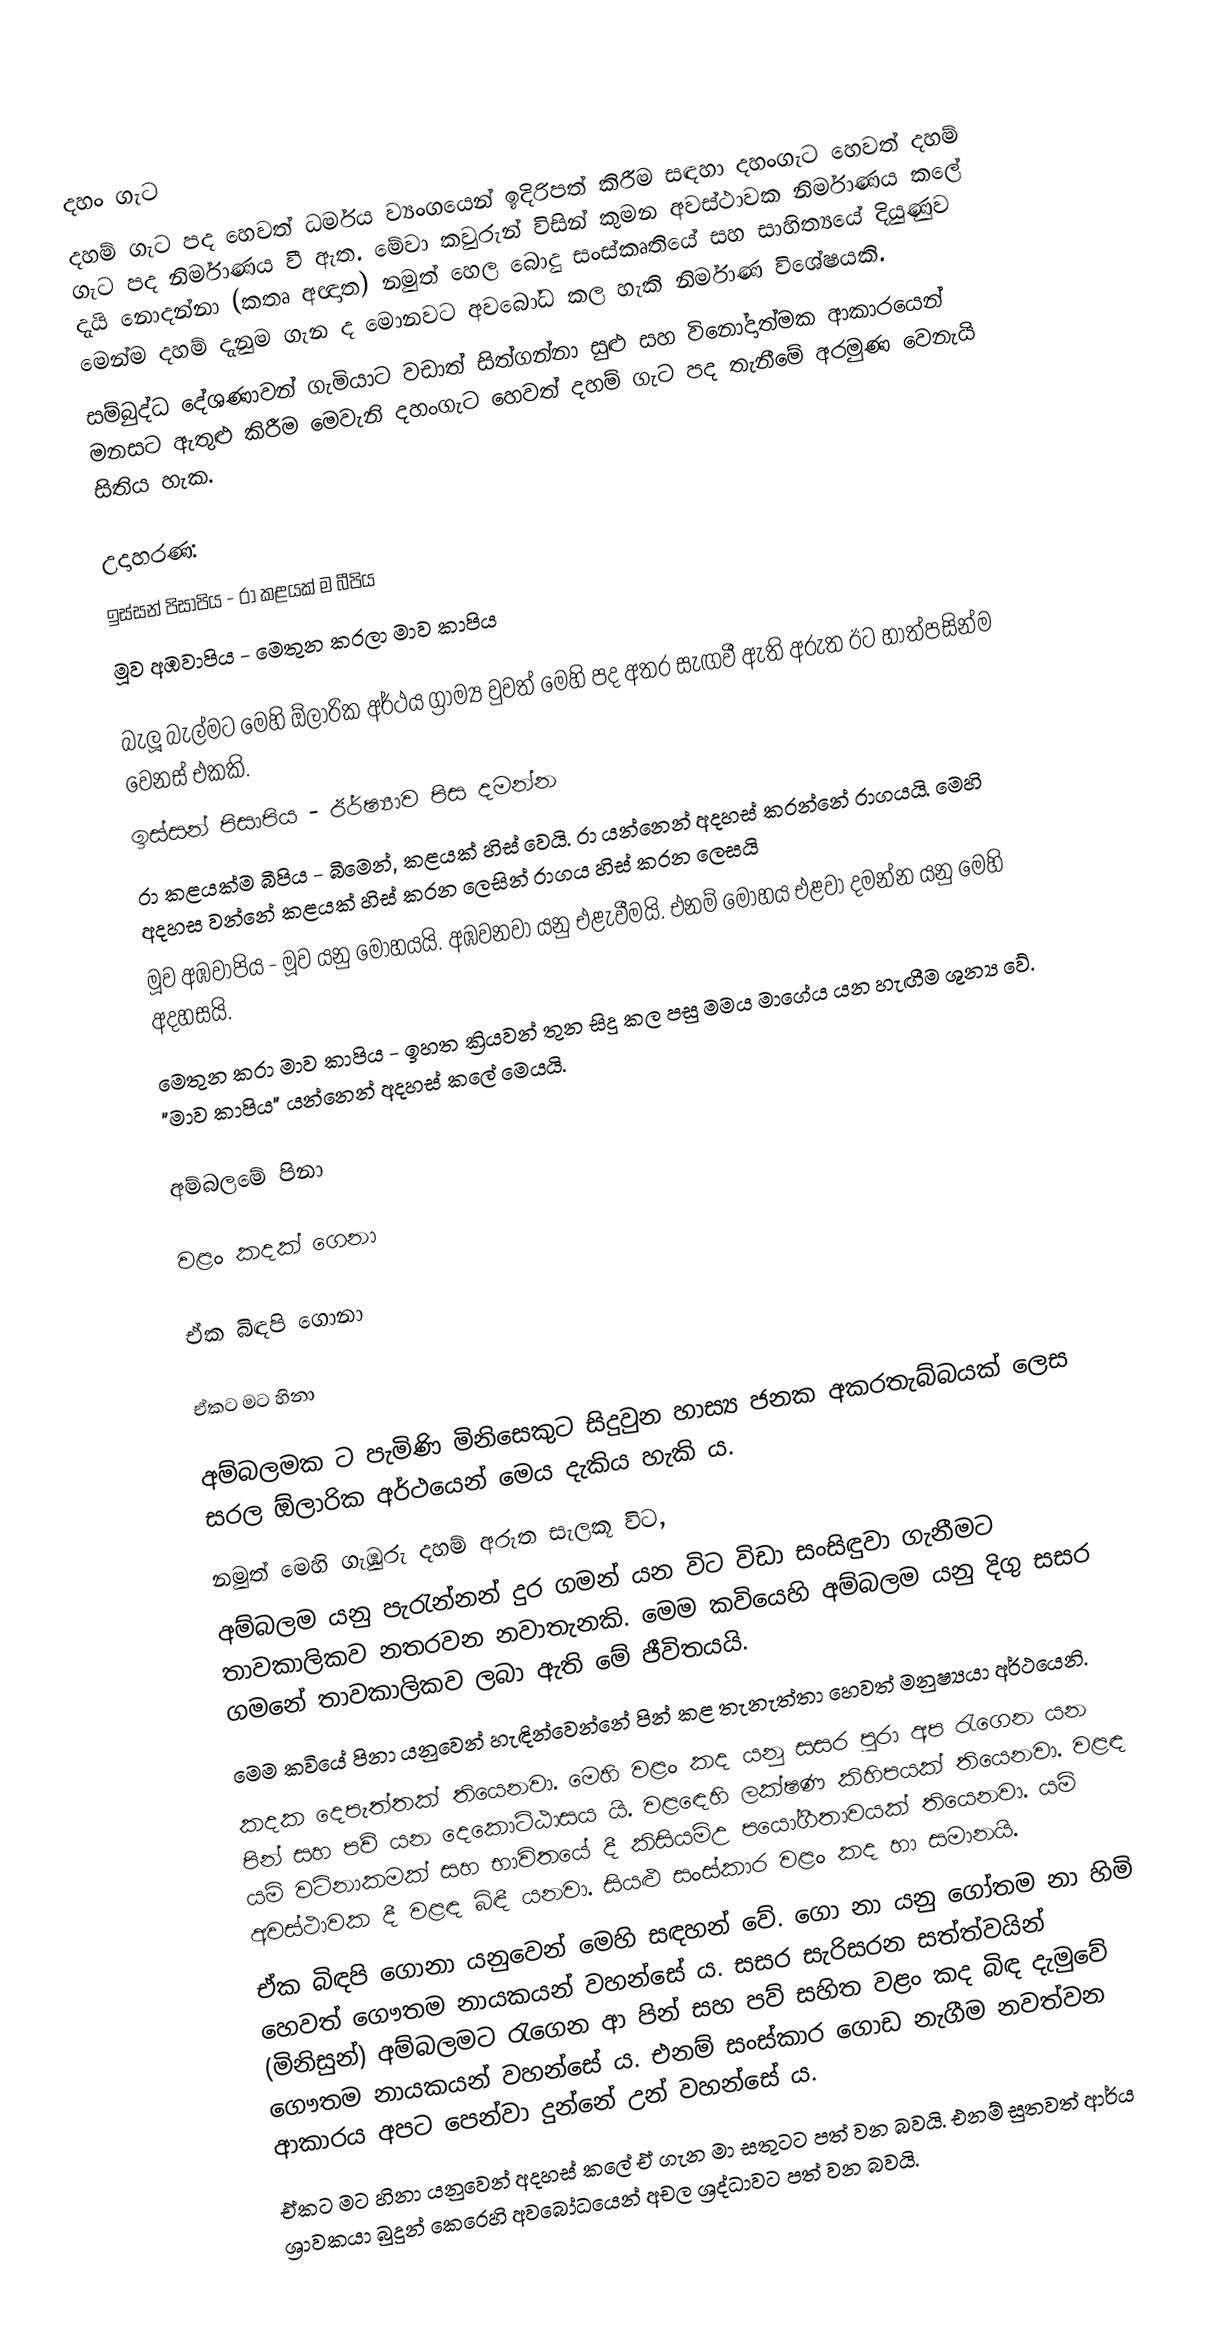

දහං ගැට
දහම් ගැට පද හෙවත් ධර්මය ව්‍යංගයෙන් ඉදිරිපත් කිරීම සඳහා දහංගැට හෙවත් දහම් ගැට  පද නිර්මාණය වී ඇත. මේවා කවුරුන් විසින් කුමන අවස්ථාවක නිර්මාණය කලේ දැයි නොදන්නා (කතෘ අඥාත) නමුත් හෙල බොදු සංස්කෘතියේ සහ සාහිත්‍යයේ දියුණුව මෙන්ම දහම් දැනුම ගැන ද මොනවට අවබෝධ කල හැකි නිර්මාණ විශේෂයකි.
සම්බුද්ධ දේශණාවන් ගැමියාට වඩාත් සිත්ගන්නා සුළු සහ විනෝදාත්මක ආකාරයෙන් මනසට ඇතුළු කිරීම මෙවැනි දහංගැට හෙවත් දහම් ගැට පද තැනීමේ අරමුණ වෙනැයි සිතිය හැක.

උදාහරණ:
ඉස්සන් පිසාපිය - රා කළයක් ම බීපිය
මූව අඹවාපිය - මෙතුන කරලා මාව කාපිය

බැලූ බැල්මට මෙහි ඕලාරික අර්ථය ග්‍රාම්‍ය වුවත් මෙහි පද අතර සැඟවී ඇති අරුත ඊට හාත්පසින්ම වෙනස් එකකි.
ඉස්සන් පිසාපිය - ඊර්ෂ්‍යාව පිස දමන්න
රා කළයක්ම බීපිය - බීමෙන්, කළයක් හිස් වෙයි. රා යන්නෙන් අදහස් කරන්නේ රාගයයි. මෙහි අදහස වන්නේ කළයක් හිස් කරන ලෙසින් රාගය හිස් කරන ලෙසයි
මූව අඹවාපිය - මූව යනු මෝහයයි. අඹවනවා යනු එළැවීමයි. එනම් මෝහය එළවා දමන්න යනු මෙහි අදහසයි.
මෙතුන කරා මාව කාපිය - ඉහත ක්‍රියවන් තුන සිදු කල පසු මමය මාගේය යන හැඟීම ශුන්‍ය වේ. "මාව කාපිය" යන්නෙන් අදහස් කලේ මෙයයි.

අම්බලමේ පිනා

වළං කදක් ගෙනා

ඒක බිඳපි ගොනා

ඒකට මට හිනා

අම්බලමක ට පැමිණි මිනිසෙකුට සිදුවුන හාස්‍ය ජනක අකරතැබ්බයක් ලෙස සරල ඕලාරික අර්ථයෙන් මෙය දැකිය හැකි ය.
නමුත් මෙහි ගැඹුරු දහම් අරුත සැලකූ විට,
අම්බලම යනු පැරැන්නන් දුර ගමන් යන විට විඩා සංසිඳුවා ගැනීමට තාවකාලිකව නතරවන නවාතැනකි. මෙම කවියෙහි අම්බලම යනු දිගු සසර ගමනේ තාවකාලිකව ලබා ඇති මේ ජීවිතයයි.
මෙම කවියේ පිනා යනුවෙන් හැඳින්වෙන්නේ පින් කළ තැනැත්තා හෙවත් මනුෂ්‍යයා අර්ථයෙනි.
කදක දෙපැත්තක් තියෙනවා. මෙහි වළං කද යනු සසර පුරා අප රැගෙන යන පින් සහ පව් යන දෙකොට්ඨාසය යි. වළඳෙහි ලක්ෂණ කිහිපයක් තියෙනවා. වළඳ යම් වටිනාකමක් සහ භාවිතයේ දී කිසියම්උ පයෝගීතාවයක් තියෙනවා. යම් අවස්ථාවක දී වළඳ බිඳී යනවා. සියළු සංස්කාර වළං කද හා සමානයි.
ඒක බිඳපි ගොනා යනුවෙන් මෙහි සඳහන් වේ. ගො නා යනු ගෝතම නා හිමි හෙවත් ගෞතම නායකයන් වහන්සේ ය. සසර සැරිසරන සත්ත්වයින් (මිනිසුන්) අම්බලමට රැගෙන ආ පින් සහ පව් සහිත වළං කද බිඳ දැමුවේ ගෞතම නායකයන් වහන්සේ ය. එනම් සංස්කාර ගොඩ නැගීම නවත්වන ආකාරය අපට පෙන්වා දුන්නේ උන් වහන්සේ ය.
ඒකට මට හිනා යනුවෙන් අදහස් කලේ ඒ ගැන මා සතුටට පත් වන බවයි. එනම් සුතවත් ආර්ය ශ්‍රාවකයා බුදුන් කෙරෙහි අවබෝධයෙන් අචල ශ්‍රද්ධාවට පත් වන බවයි.